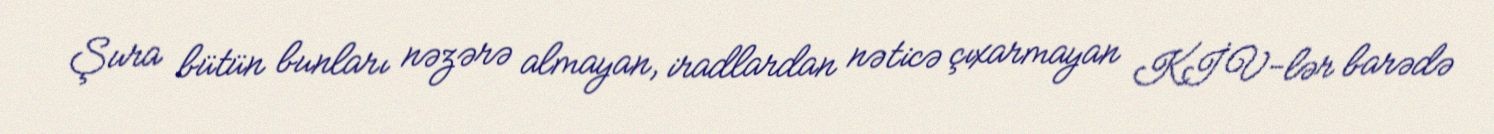
Şura bütün bunları nəzərə almayan, iradlardan nəticə çıxarmayan KİV-lər barədə